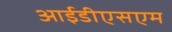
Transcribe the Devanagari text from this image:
आईडीएसएम